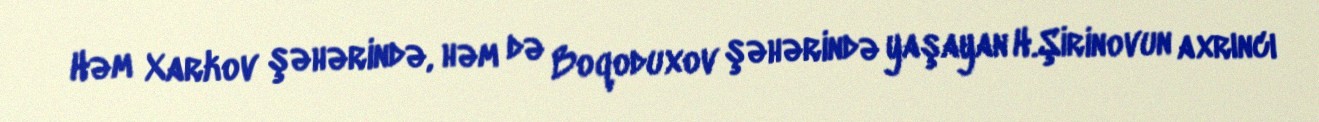
Həm Xarkov şəhərində, həm də Boqoduxov şəhərində yaşayan H.Şirinovun axrıncı